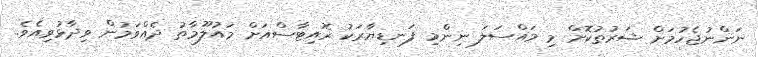
ނަންނުޖެހުމަށް ޝަރުތުކޮށް މި މައްސަލަ ނިންމި ފަނޑިޔާރަކު ރޮއިޓާސްއަށް މައުލޫމާތު ދެއްވަމުން ވިދާޅުވިއެވެ.